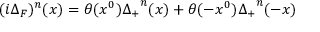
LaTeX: ( i \Delta _ { F } ) ^ { n } ( x ) = \theta ( x ^ { 0 } ) { \Delta _ { + } } ^ { n } ( x ) + \theta ( - x ^ { 0 } ) { \Delta _ { + } } ^ { n } ( - x )